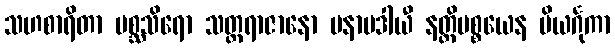
သဟစာရိတာ မစ္ဆသိရော သတ္တရာဇာနော မနာပဒါယီ နတ္ထိပစ္စယေန ပိယင်္ဂုကာ